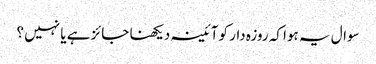
سوال یہ ہوا کہ روزہ دار کو آئینہ دیکھنا جائز ہے یا نہیں ؟